Report on the lunatic asylums under the Government of Bombay - 1904-1913
Year: 1904
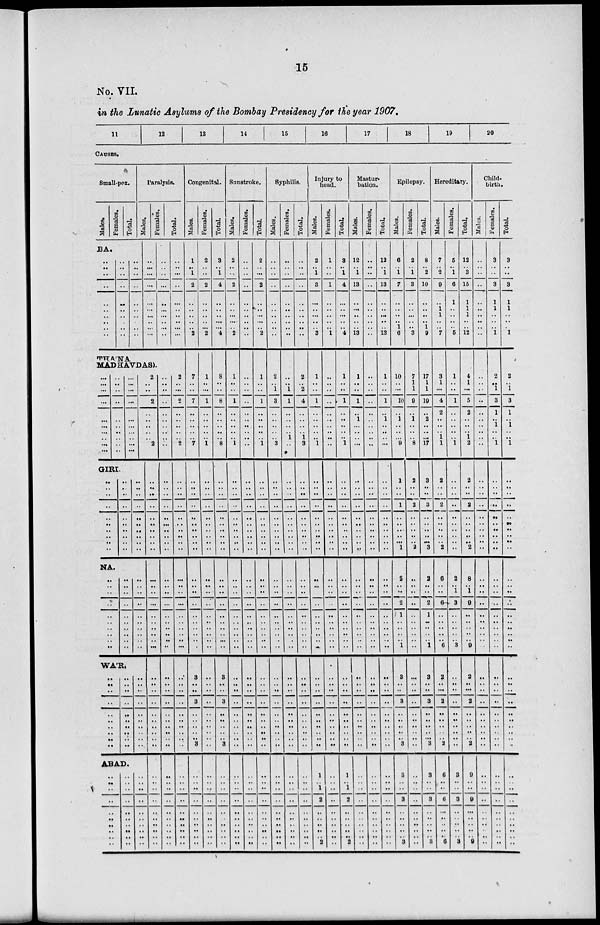
15
No. VII.
in the Lunatic Asylums of the Bombay Presidency for the year 1907.
11
12
13
14
15
16
17
18
19
20
CAUSES.
Small-pox.
Males.
BA.
..
.. ..
..
..
..
..
..
.. ..
Females.
..
.. ..
..
..
..
..
..
.. ..
Total.
..
.. ..
..
..
..
..
..
..
..
Paralysis.
Males.
..
.. ...
...
..
..
..
..
..
..
Females.
..
..
..
...
..
..
..
..
..
..
THANA
MADHAVDAS).
...
..
...
...
..
...
...
...
...
...
..
..
..
..
..
..
..
..
..
..
GIRI.
..
..
..
..
..
..
..
..
..
..
..
..
..
..
..
..
..
..
..
..
NA.
..
..
..
..
..
..
..
..
..
..
..
..
..
..
..
..
..
..
..
..
..
..
WÁR.
..
..
..
..
..
..
..
..
..
..
..
..
..
..
..
..
..
..
..
..
ABAD.
..
..
..
..
..
..
..
..
..
..
..
..
..
..
..
..
..
..
..
..
..
...
...
...
...
...
...
...
...
...
..
..
..
..
..
..
..
..
..
..
..
..
..
..
..
..
..
..
..
..
..
..
..
..
..
..
..
..
..
..
..
..
..
..
..
..
..
..
..
..
..
2
..
..
2
..
..
..
..
..
2
..
..
..
..
..
..
..
..
..
..
..
..
..
..
..
..
..
..
..
..
..
..
..
..
..
..
..
..
..
..
..
..
..
..
..
..
..
..
..
..
..
..
..
..
..
..
..
..
..
..
..
..
..
..
..
..
..
..
..
..
..
..
..
..
..
..
..
..
..
..
..
..
..
..
..
..
..
..
..
..
..
..
..
..
..
..
..
..
..
..
..
..
Total.
..
..
...
..
..
..
..
..
..
...
2
..
..
2
..
..
..
..
..
2
..
..
..
..
..
..
..
..
..
..
..
..
..
..
..
..
..
..
..
..
..
..
..
..
..
..
..
..
..
..
..
..
..
..
..
..
..
..
..
..
..
Congenital.
Males.
1
.. 1
2
..
..
..
..
.. 2
7
..
..
7
..
..
..
..
..
7
..
..
..
..
..
..
..
..
..
..
..
..
..
..
..
..
..
..
..
..
..
3
..
..
3
..
..
..
..
..
3
..
..
..
..
..
..
..
..
..
..
Females.
2
..
..
2
..
..
..
..
...
2
1
..
...
1
..
..
..
..
..
1
..
..
..
..
..
..
..
..
..
..
..
..
..
..
..
..
..
..
..
..
..
..
..
..
..
..
..
..
..
..
..
..
..
..
..
..
..
..
..
..
..
Total.
3
..
1
4
..
..
..
...
...
4
8
..
..
8
..
..
..
..
..
8
..
..
..
..
..
..
..
..
..
..
..
..
..
..
..
..
..
..
...
..
..
3
..
..
3
..
..
..
..
..
3
..
..
..
..
..
..
..
..
..
..
Sunstroke.
Males.
2
..
..
2
..
..
..
...
.. 2
1
..
..
1
..
..
..
..
..
1
..
..
..
..
..
..
..
..
..
..
..
..
..
..
..
..
..
..
..
..
..
..
..
..
..
..
..
..
..
..
..
..
..
..
..
..
..
..
..
..
..
Females.
..
..
..
..
..
..
..
..
..
..
..
..
..
..
..
..
..
..
..
..
..
..
..
..
..
..
..
..
..
..
..
..
..
..
..
..
..
..
..
..
..
..
..
..
..
..
..
..
..
..
..
..
..
..
..
..
..
..
..
..
..
Total.
2
..
..
2
..
..
..
..
.. 2
1
..
..
1
..
..
..
..
..
1
..
..
..
..
..
..
..
..
..
..
..
..
..
..
..
..
..
..
..
..
..
..
..
..
..
..
..
..
..
..
..
..
..
..
..
..
..
..
..
..
..
Syphilis.
Males.
..
..
..
..
..
..
..
..
..
..
2
..
1
3
..
..
..
..
..
3
..
..
..
..
..
..
..
..
..
..
..
..
..
..
..
..
..
..
..
..
..
..
..
..
..
..
..
..
..
..
..
..
..
..
..
..
..
..
..
..
..
Females.
..
..
..
..
..
..
..
..
..
..
..
..
1
1
..
..
..
..
1
..
..
..
..
..
..
..
..
..
..
..
..
..
..
..
..
..
..
..
..
..
..
..
..
..
..
..
..
..
..
..
..
..
..
..
..
..
..
..
..
..
..
Total.
..
.. ..
..
..
..
..
..
..
..
2
..
2
4
..
..
..
..
1
3
..
..
..
..
..
..
..
..
..
..
..
..
..
..
..
..
..
..
..
..
..
..
..
..
..
..
..
..
..
..
..
..
..
..
..
..
..
..
..
..
..
Injury to
head.
Males.
2
.. 1
3
..
..
..
..
.. 3
1
..
..
1
..
..
..
..
..
1
..
..
..
..
..
..
..
..
..
..
..
..
..
..
..
..
..
..
..
..
..
..
..
..
..
..
..
..
..
..
..
1
..
1
2
..
..
..
..
.. 2
Females.
1
..
..
1
..
..
..
..
.. 1
..
..
..
..
..
..
..
..
..
..
..
..
..
..
..
..
..
..
..
..
..
..
..
..
..
..
..
..
..
..
..
..
..
..
..
..
..
..
..
..
..
..
..
..
..
..
..
..
..
.. ..
Total.
3
.. 1
4
..
..
..
..
.. 4
1
..
..
1
..
..
..
..
..
1
..
..
..
..
..
..
..
..
..
..
..
..
..
..
..
..
..
..
..
..
..
..
..
..
..
..
..
..
..
..
..
1
..
1
2
..
..
..
..
.. 2
Mastur-
bation.
Males.
12
.. 1
13
..
..
..
..
..
13
1
..
..
1
..
1
..
..
..
...
..
..
..
..
..
..
..
..
..
..
..
..
..
..
..
..
..
..
..
..
..
..
..
..
..
..
..
..
..
..
..
..
..
..
..
..
..
..
..
..
..
Females.
..
..
..
..
..
..
..
..
..
..
..
..
..
..
..
..
..
..
..
..
..
..
..
..
..
..
..
..
..
..
..
..
..
..
..
..
..
..
..
..
..
..
..
..
..
..
..
..
..
..
..
..
..
..
..
..
..
..
..
..
..
Total.
12
.. 1
13
..
..
..
..
..
13
1
..
..
1
..
1
..
..
..
...
..
..
..
..
..
..
..
..
..
..
..
..
..
..
..
..
..
..
..
..
..
..
..
..
..
..
..
..
..
..
..
..
..
..
..
..
..
..
..
..
..
Epilepsy.
Males.
6
.. 1
7
..
..
..
.. 1
6
10
..
...
10
..
1
..
..
..
9
1
..
..
1
..
..
..
..
..
1
2
..
..
2
1
..
..
..
..
1
..
3
..
..
3
..
..
..
..
..
3
3
..
..
3
..
..
..
..
.. 3
Females.
2
.. 1
3
..
..
..
..
..
3
7
1
1
9
..
1
..
..
..
8
2
..
..
2
..
..
..
..
..
2
..
..
..
..
..
..
..
..
..
..
..
..
..
..
..
..
..
..
..
..
..
..
..
..
..
..
..
..
..
..
..
Total.
8
.. 2
10
..
..
..
.. 1
9
17
1
1
19
..
2
..
..
..
17
3
..
..
3
..
..
..
..
..
3
2
..
..
2
1
..
..
..
..
1
..
3
..
..
3
..
..
..
..
..
3
3
..
..
3
..
..
..
..
.. 3
Hereditary.
Males.
7
.. 2
9
..
1
1
..
.. 7
3
1
...
4
2
..
..
..
1
1
2
..
..
2
..
..
..
..
..
2
6
..
..
6
..
..
..
..
..
6
..
2
..
..
2
..
..
..
..
..
2
6
..
..
6
..
..
..
..
.. 6
Females.
5
.. 1
6
1
..
..
..
.. 5
1
..
..
1
..
..
..
..
..
1
..
..
..
..
..
..
..
..
..
..
2
..
1
3
..
..
..
..
..
3
..
..
..
..
..
..
..
..
..
..
..
3
..
..
3
..
..
..
..
.. 3
Total.
12
.. 3
15
1
1
1
..
..
12
4
1
...
5
2
..
..
..
1
2
2
..
..
2
..
..
..
..
..
2
8
..
1
9
..
..
..
..
..
9
..
2
..
..
2
..
..
..
..
..
2
9
..
..
9
..
..
..
..
.. 9
Child-
birth.
Males.
..
..
..
..
..
..
..
..
..
..
..
..
..
..
..
..
..
..
..
..
..
..
..
..
..
..
..
..
..
..
..
..
..
..
..
..
..
..
..
..
..
..
..
..
..
..
..
..
..
..
..
..
..
..
..
..
..
..
..
..
..
Females.
3
..
..
3
1
1
..
..
.. 1
2
..
1
3
1
..
1
..
..
1
..
..
..
..
..
..
..
..
..
..
..
..
..
..
..
..
..
..
..
..
..
..
..
..
..
..
..
..
..
..
..
..
..
..
..
..
..
..
..
..
..
Total.
3
..
..
3
1
1
..
..
.. 1
2
..
1
3
1
..
1
..
..
1
..
..
..
..
..
..
..
..
..
..
..
..
..
..
..
..
..
..
..
..
..
..
..
..
..
..
..
..
..
..
..
..
..
..
..
..
..
..
..
..
..